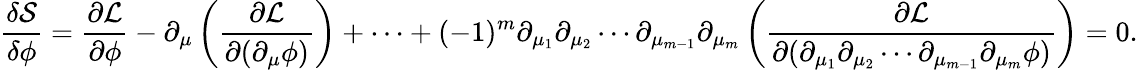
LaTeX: {\frac{\delta{\mathcal{S}}}{\delta\phi}}={\frac{\partial{\mathcal{L}}}{\partial\phi}}-\partial_{\mu}\left({\frac{\partial{\mathcal{L}}}{\partial(\partial_{\mu}\phi)}}\right)+\cdots+(-1)^{m}\partial_{\mu_{1}}\partial_{\mu_{2}}\cdots\partial_{\mu_{m-1}}\partial_{\mu_{m}}\left({\frac{\partial{\mathcal{L}}}{\partial(\partial_{\mu_{1}}\partial_{\mu_{2}}\cdots\partial_{\mu_{m-1}}\partial_{\mu_{m}}\phi)}}\right)=0.